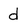
Character: d